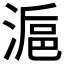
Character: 𣺣